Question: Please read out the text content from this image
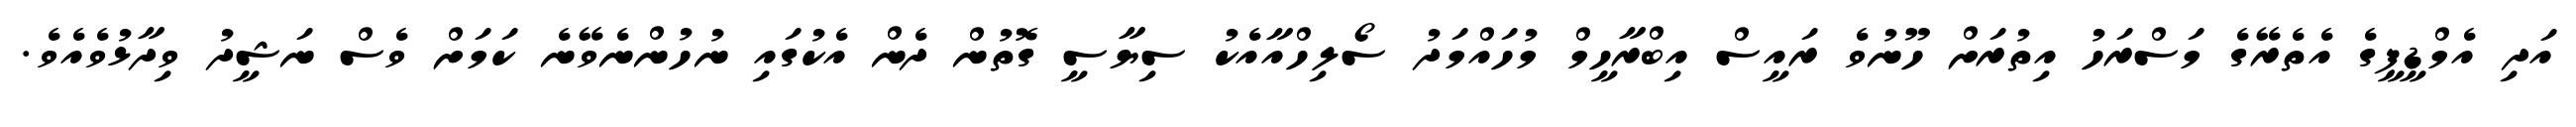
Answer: އަދި އެމްޑީޕީގެ އެތެރޭގެ މަސްރަހު އިތުރަށް ހޫނުވެ ރައީސް އިބްރާހީމް މުހައްމަދު ސޯލިހްއާއެކު ސިޔާސީ ގޮތުން ދެން އެކުގައި ނުހުންނެވޭނެ ކަމަށް ވެސް ނަޝީދު ވިދާޅުވެއެވެ.